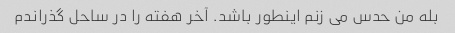
بله من حدس می زنم اینطور باشد. آخر هفته را در ساحل گذراندم